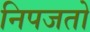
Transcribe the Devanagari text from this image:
निपजतो